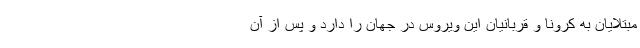
مبتلایان به کرونا و قربانیان این ویروس در جهان را دارد و پس از آن